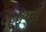
લૂપનો